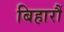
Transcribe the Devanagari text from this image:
बिहारौं